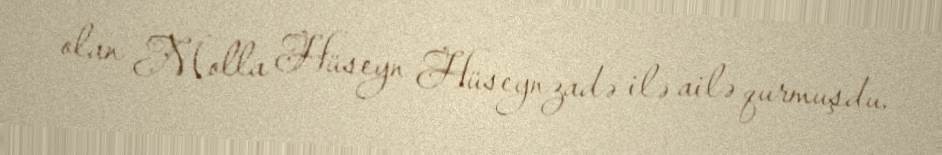
olan Molla Hüseyn Hüseynzadə ilə ailə qurmuşdu.